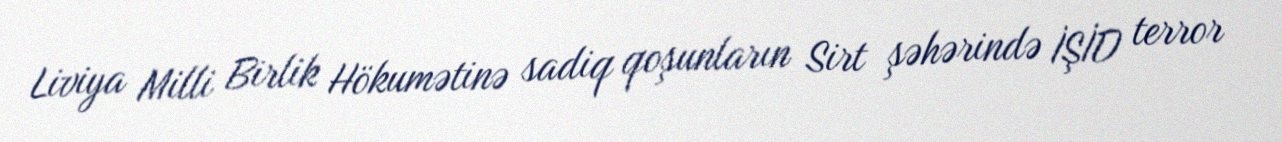
Liviya Milli Birlik Hökumətinə sadiq qoşunların Sirt şəhərində İŞİD terror